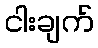
ငါးချက်